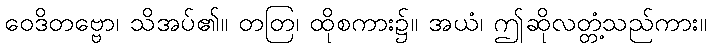
ဝေဒိတဗ္ဗော၊ သိအပ်၏။ တတြ၊ ထိုစကား၌။ အယံ၊ ဤဆိုလတ္တံ့သည်ကား။